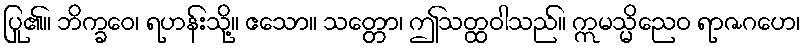
ပြု၏။ ဘိက္ခဝေ၊ ရဟန်းသို့။ ဧသော။ သတ္တော၊ ဤသတ္ထဝါသည်။ ဣမသ္မိညေဝ ရာဇဂဟေ၊